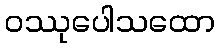
ဝဿုပေါသထော